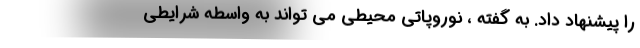
را پیشنهاد داد. به گفته ، نوروپاتی محیطی می تواند به واسطه شرایطی